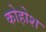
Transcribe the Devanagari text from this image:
कोहोश